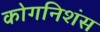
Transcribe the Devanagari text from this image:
कोगनिशंस